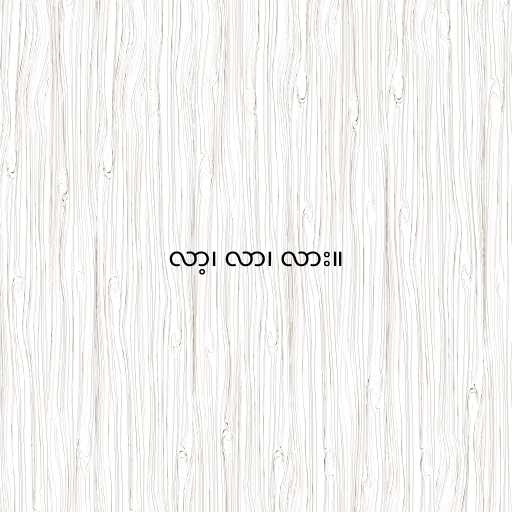
လာ့၊ လာ၊ လား။